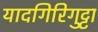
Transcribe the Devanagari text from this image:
यादगिरिगुट्टा